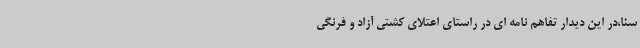
سنا،در این دیدار تفاهم نامه ای در راستای اعتلای کشتی آزاد و فرنگی